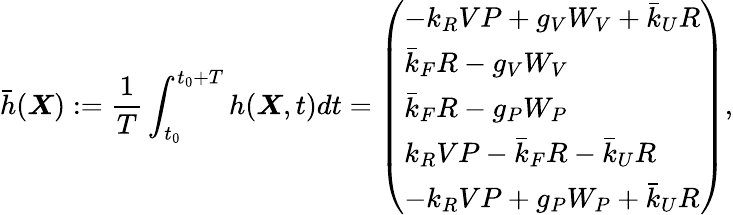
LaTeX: \bar{h}(\boldsymbol{X}):=\frac{1}{T}\int_{t_{0}}^{t_{0}+T}h(\boldsymbol{X},t)dt=\left(\begin{array}{l}{-k_{R}VP+g_{V}W_{V}+\bar{k}_{U}R}\\ {\bar{k}_{F}R-g_{V}W_{V}}\\ {\bar{k}_{F}R-g_{P}W_{P}}\\ {k_{R}VP-\bar{k}_{F}R-\bar{k}_{U}R}\\ {-k_{R}VP+g_{P}W_{P}+\bar{k}_{U}R}\end{array}\right),